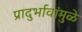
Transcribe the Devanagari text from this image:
प्रादुर्भावांमुळे